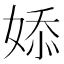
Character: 婖